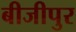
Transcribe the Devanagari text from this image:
बीजीपुर